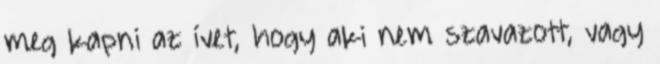
meg kapni az ívet, hogy aki nem szavazott, vagy